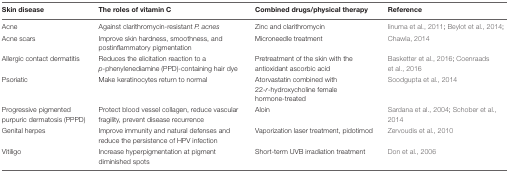
<table><thead><tr><td><b>Skin disease</b></td><td><b>The roles of vitamin C</b></td><td><b>Combined drugs/physical therapy</b></td><td><b>Reference</b></td></tr></thead><tbody><tr><td>Acne</td><td>Against clarithromycin-resistant <i>P. acnes</i></td><td>Zinc and clarithromycin</td><td>Iinuma et al., 2011; Beylot et al., 2014;</td></tr><tr><td>Acne scars</td><td>Improve skin hardness, smoothness, and postinflammatory pigmentation</td><td>Microneedle treatment</td><td>Chawla, 2014</td></tr><tr><td>Allergic contact dermatitis</td><td>Reduces the elicitation reaction to a <i>p</i>-phenylenediamine (PPD)-containing hair dye</td><td>Pretreatment of the skin with the antioxidant ascorbic acid</td><td>Basketter et al., 2016; Coenraads et al., 2016</td></tr><tr><td>Psoriatic</td><td>Make keratinocytes return to normal</td><td>Atorvastatin combined with 22-<i>r</i>-hydroxycholine female hormone-treated</td><td>Soodgupta et al., 2014</td></tr><tr><td>Progressive pigmented purpuric dermatosis (PPPD)</td><td>Protect blood vessel collagen, reduce vascular fragility, prevent disease recurrence</td><td>Aloin</td><td>Sardana et al., 2004; Schober et al., 2014</td></tr><tr><td>Genital herpes</td><td>Improve immunity and natural defenses and reduce the persistence of HPV infection</td><td>Vaporization laser treatment, pidotimod</td><td>Zervoudis et al., 2010</td></tr><tr><td>Vitiligo</td><td>Increase hyperpigmentation at pigment diminished spots</td><td>Short-term UVB irradiation treatment</td><td>Don et al., 2006</td></tr></tbody></table>